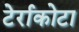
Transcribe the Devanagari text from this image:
टेर्राकोटा